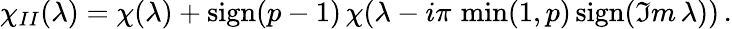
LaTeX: \chi_{II}(\lambda)=\chi(\lambda)+\mathrm{sign}(p-1)\, \chi(\lambda-i\pi\, \operatorname*{min}(1,p)\, \mathrm{sign}(\Im m\, \lambda))\, .